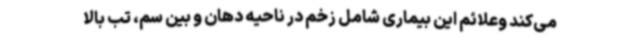
می‌کند وعلائم این بیماری شامل زخم در ناحیه دهان و بین سم، تب بالا